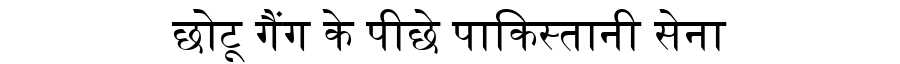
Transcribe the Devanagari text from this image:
छोटू गैंग के पीछे पाकिस्तानी सेना